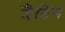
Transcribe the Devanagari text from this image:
दैदिन